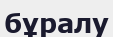
бұралу